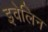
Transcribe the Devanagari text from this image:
इवेलिन